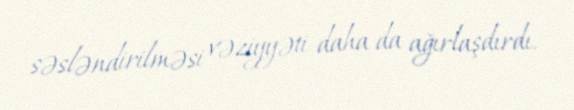
səsləndirilməsi vəziyyəti daha da ağırlaşdırdı.